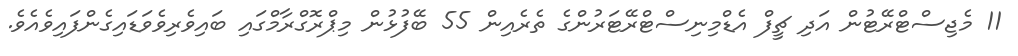
11 މެޖިސްޓްރޭޓުން އަދި ޗީފް އެޑްމިނިސްޓްރޭޓަރުންގެ ތެރެއިން 55 ބޭފުޅުން މިޕްރޮގްރާމްގައި ބައިވެރިވެވަޑައިގެންފައިވެއެވެ.